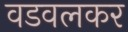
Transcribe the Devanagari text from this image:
वडवलकर